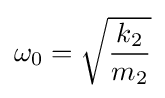
\omega _{0}={\sqrt {k_{2} \over m_{2}}}